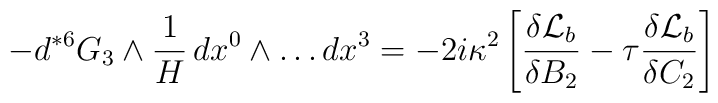
- d {}^{*6} G_3 \wedge \frac{1}{H} \,dx^0 \wedge \dots dx^3 = - 2i\kappa^2 \left[ \frac{\delta {\cal{L}}_b}{\delta B_2} - \tau\frac{\delta {\cal{L}}_b}{\delta C_2} \right]